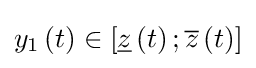
y_{1}\left(t\right)\in \left[{\underline {z}}\left(t\right);{\overline {z}}\left(t\right)\right]